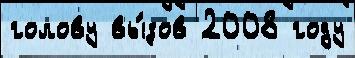
голову вы́зов 2008 году